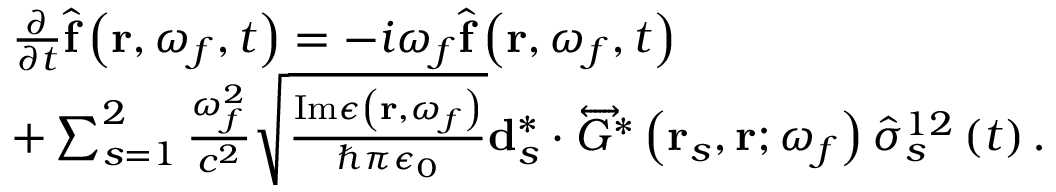
\begin{array} { r l } & { \frac { \partial } { \partial t } \hat { \mathbf { f } } \left( \mathbf { r } , \omega _ { f } , t \right) = - i \omega _ { f } \hat { \mathbf { f } } \left( \mathbf { r } , \omega _ { f } , t \right) } \\ & { + \sum _ { s = 1 } ^ { 2 } \frac { \omega _ { f } ^ { 2 } } { c ^ { 2 } } \sqrt { \frac { \mathrm { I m } \epsilon \left( \mathbf { r } , \omega _ { f } \right) } { \hbar \pi \epsilon _ { 0 } } } \mathbf { d } _ { s } ^ { * } \cdot \overleftrightarrow { G } ^ { * } \left( \mathbf { r } _ { s } , \mathbf { r } ; \omega _ { f } \right) \hat { \sigma } _ { s } ^ { 1 2 } \left( t \right) . } \end{array}